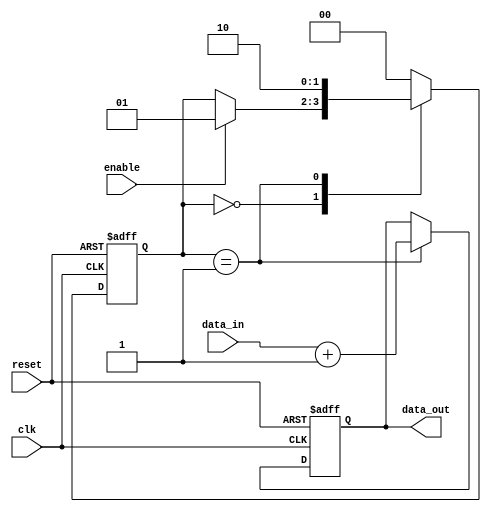
module falling_edge_trigger (
    input wire clk,          // Clock signal
    input wire reset,        // Asynchronous reset signal
    input wire enable,       // Enable signal for operation
    input wire [3:0] data_in,// Input data
    output reg [3:0] data_out // Output data
);

// State variable
reg [1:0] state;

// State definitions
localparam STATE_IDLE = 2'b00;
localparam STATE_PROCESS = 2'b01;
localparam STATE_DONE = 2'b10;

// Always block sensitive to the negative edge of the clock
always @(negedge clk or posedge reset) begin
    if (reset) begin
        // Reset all registers and states
        state <= STATE_IDLE;
        data_out <= 4'b0000;
    end else begin
        case (state)
            STATE_IDLE: begin
                if (enable) begin
                    // Transition to PROCESS state
                    state <= STATE_PROCESS;
                end
            end
            
            STATE_PROCESS: begin
                // Perform some processing
                data_out <= data_in + 4'b0001; // Example operation: increment input
                // Transition to DONE state
                state <= STATE_DONE;
            end
            
            STATE_DONE: begin
                // Optionally, return to IDLE or perform other actions
                state <= STATE_IDLE; // Return to IDLE for the next operation
            end
            
            default: begin
                state <= STATE_IDLE; // Default case to avoid latches
            end
        endcase
    end
end

endmodule